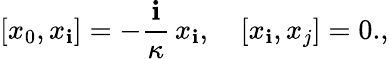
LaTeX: [x_{0},x_{\mathbf{i}}]=-\frac{{\mathbf{i}}}{{\kappa}}\, x_{\mathbf{i}},\quad[x_{\mathbf{i}},x_{j}]=0.,